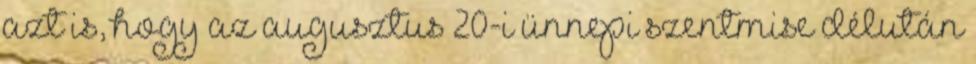
azt is, hogy az augusztus 20-i ünnepi szentmise délután